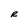
Character: R